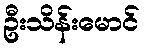
ဦးသိန်းမောင်